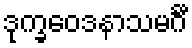
ဒုက္ခဝေဒနာသမင်္ဂီ